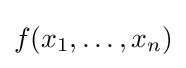
f(x_{1},\dots ,x_{n})